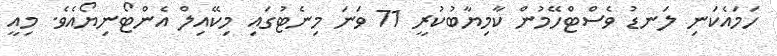
ހަމައެކަނި ލަނޑު ވެސްޓްހޭމުން ކާމިޔާބުކުރީ 71 ވަނަ މިނެޓުގައި މިކޭއިލް އެންޓޯނިޔޯއެވެ. މިއީ